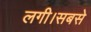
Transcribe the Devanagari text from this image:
लगी।सबसे